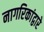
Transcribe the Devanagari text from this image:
नागरिकांद्वारे